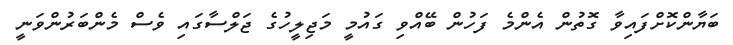
ބަޔާންކޮށްފައިވާ ގޮތުން އެންމެ ފަހުން ބޭއްވި ގައުމީ މަޖިލީހުގެ ޖަލްސާގައި ވެސް މެންބަރުންވަނީ